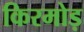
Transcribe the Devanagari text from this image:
किरमोड़